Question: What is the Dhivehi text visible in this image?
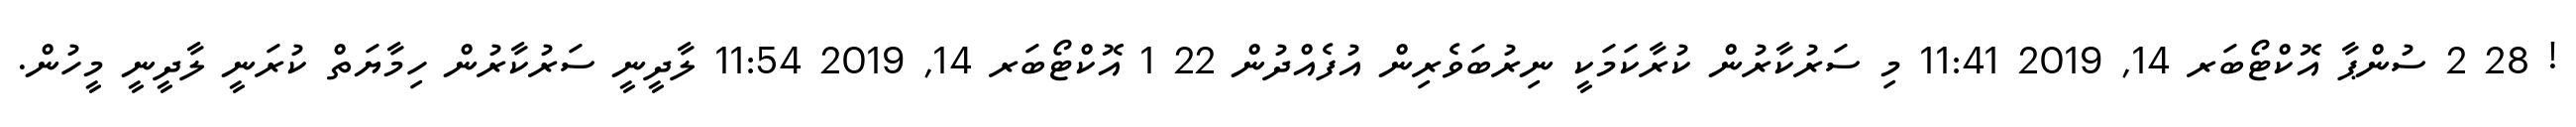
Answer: ! 28 2 ސުންޕާ އޮކްޓޯބަރ 14, 2019 11:41 މި ސަރުކާރުން ކުރާކަމަކީ ނިރުބަވެރިން އުފެއްދުން 22 1 އޮކްޓޯބަރ 14, 2019 11:54 ލާދީނީ ސަރުކާރުން ހިމާޔަތް ކުރަނީ ލާދީނީ މީހުން.